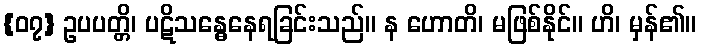
{၀၇} ဥပပတ္တိ၊ ပဋိသန္ဓေနေရခြင်းသည်။ န ဟောတိ၊ မဖြစ်နိုင်။ ဟိ၊ မှန်၏။